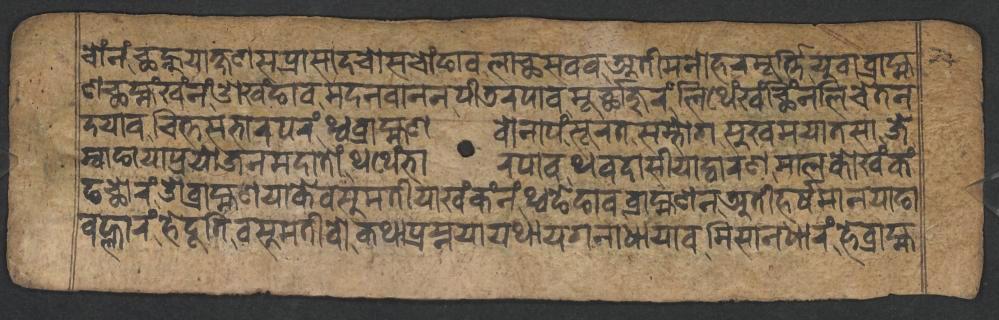
𑐔𑑀𑑄𑐣𑑄𑐕𑐣𑑂𑐴𑐸𑐫𑐵𑐎𑑂𑐲𑐞𑐳𑐥𑑂𑐬𑐵𑐳𑐵𑐡𑐔𑑀𑐳𑐔𑑀𑑄𑐒𑐵𑐰𑐮𑐵𑐕𑐳𑐰𑐰𑐀𑐟𑐷𑐩𑐣𑑀𑐴𑐬𑐩𑐹𑐬𑑂𑐟𑑂𑐟𑐶𑐫𑐸𑐰𑐵𑐧𑑂𑐬𑐵𑐴𑑂𑐩 𑐞𑐕𑐩𑑂𑐴𑑄𑐏𑑄𑐣𑑄𑐌𑐏𑑄𑐒𑐵𑐰𑐩𑐡𑐣𑐧𑐵𑐣𑐣𑐥𑐷𑐜𑐬𑐥𑐵𑐰𑐩𑐹𑐬𑑂𑐕𑐵𑐖𑐸𑐬𑑄𑐮𑐶𑐠𑐾𑑄𑐏𑑄𑐕𑐶𑑄𑐣𑐮𑐶𑐔𑐾𑐟𑐣 𑐡𑐫𑐵𑐰𑐔𑐶𑐟𑑂𑐟𑐳𑐨𑐵𑐬𑐥𑐬𑑄𑐠𑑂𑐰𑐧𑑂𑐬𑐵𑐴𑑂𑐩𑐞𑐰𑑀𑐣𑐵𑐥𑑄𑐳𑐹𑐬𑐟𑐳𑐩𑑂𑐨𑑀𑐐𑐳𑐸𑐏𑐩𑐫𑐵𑐟𑐳𑐵𑐖𑐾 𑐩𑑂𑐰𑐵𑐒𑐵𑐫𑐵𑐥𑑂𑐬𑐫𑑀𑐖𑐣𑐩𑐡𑐵𑐟𑑀𑑄𑐠𑐠𑐾𑑄𑐨𑐵𑐬𑐥𑐵𑐰𑐠𑐰𑐡𑐵𑐳𑐷𑐫𑐵𑐡𑑂𑐰𑐵𑐬𑐞𑐩𑐵𑐮𑐎𑑀𑐏𑑄𑐎𑑄 𑐒𑐕𑑀𑐬𑑄𑐌𑐧𑑂𑐬𑐵𑐴𑑂𑐩𑐞𑐫𑐵𑐎𑐾𑐰𑐳𑐸𑐩𑐟𑐷𑐫𑐵𑐏𑑄𑐎𑑄𑐣𑑄𑐠𑑂𑐰𑐒𑐾𑐒𑐵𑐰𑐧𑑂𑐬𑐵𑐴𑑂𑐩𑐞𑐣𑐀𑐟𑐷𑐴𑐬𑑂𑐲𑐩𑐵𑐣𑐫𑐵𑐒𑐵 𑐰𑐮𑑂𑐴𑐵𑐬𑑄𑐴𑐾𑐡𑐹𑐟𑐶𑐰𑐳𑐸𑐩𑐟𑐷𑐰𑑀𑐎𑐠𑐵𑐥𑑂𑐬𑐳𑑂𑐣𑐫𑐵𑐫𑐠𑐵𑐫𑐐𑐣𑐵𑐢𑐵𑐫𑐵𑐰𑐩𑐶𑐳𑐵𑐣𑐢𑐵𑐬𑑄𑐴𑐾𑐧𑑂𑐬𑐵𑐴𑑂𑐩